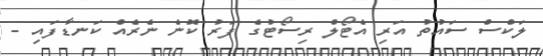
ލަކްސް ސައުތު އަރި އެޓޯލް ރިސޯޓުގެ ފަރު ކޮނެ ނެރެއް ކަނޑާފައި -